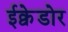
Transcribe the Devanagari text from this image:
ईक्वेडोर